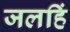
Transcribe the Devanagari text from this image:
जलहिं